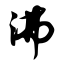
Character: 沸